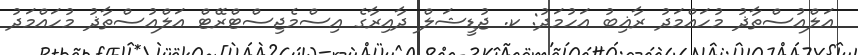
އަލްއުސްތާޛު މުހައްމަދު ރާޣިބު އަހުމަދު: ކ. ޖުޑީޝަލް ދާއިރާގެ އިސްމެޖިސްޓްރޭޓް އަލްއުސްތާޛު މުހައްމަދު